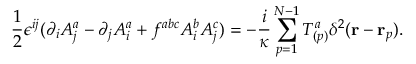
\frac { 1 } { 2 } \epsilon ^ { i j } ( \partial _ { i } { \cal A } _ { j } ^ { a } - \partial _ { j } { \cal A } _ { i } ^ { a } + f ^ { a b c } { \cal A } _ { i } ^ { b } { \cal A } _ { j } ^ { c } ) = - \frac { i } { \kappa } \sum _ { p = 1 } ^ { N - 1 } T _ { ( p ) } ^ { a } \delta ^ { 2 } ( { \bf r } - { \bf r } _ { p } ) .